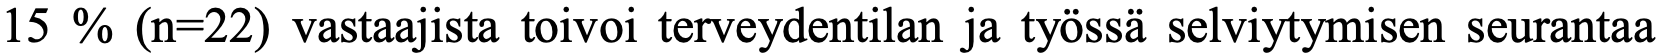
15 % (n=22) vastaajista toivoi terveydentilan ja työssä selviytymisen seurantaa